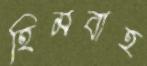
হিমবাহ